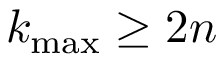
k _ { \mathrm { m a x } } \geq 2 n